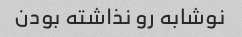
نوشابه رو‌ نذاشته بودن